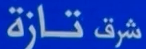
تازة شرف